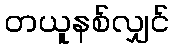
တယူနစ်လျှင်